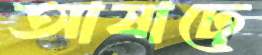
আষাঢ়ে